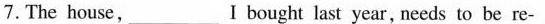
7. The house, ___ I bought last year, needs to be re-